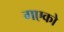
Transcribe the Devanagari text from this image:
गएको